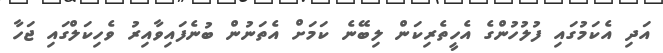
އަދި އެކަމުގައި ފުލުހުންގެ އެހީތެރިކަން ލިބޭނެ ކަމަށް އެތަނުން ބުނެފައިވާއިރު ވެހިކަލްގައި ޖަހާ